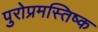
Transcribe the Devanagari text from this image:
पुरोप्रमस्तिष्क